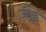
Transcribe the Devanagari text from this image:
ज़ैई